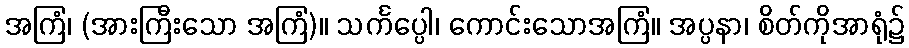
အကြံ၊ (အားကြီးသော အကြံ)။ သင်္ကပ္ပေါ၊ ကောင်းသောအကြံ။ အပ္ပနာ၊ စိတ်ကိုအာရုံ၌